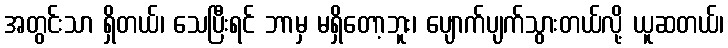
အတွင်းသာ ရှိတယ်၊ သေပြီးရင် ဘာမှ မရှိတော့ဘူး၊ ပျောက်ပျက်သွားတယ်လို့ ယူဆတယ်၊